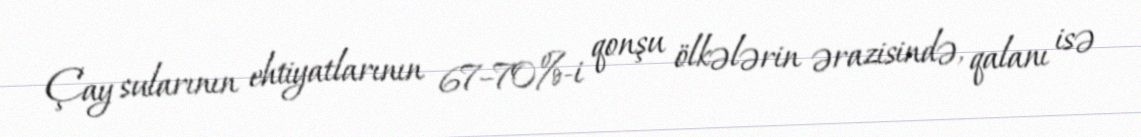
Çay sularının ehtiyatlarının 67–70%-i qonşu ölkələrin ərazisində, qalanı isə